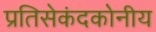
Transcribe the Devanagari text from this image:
प्रतिसेकंदकोनीय